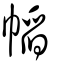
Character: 幍